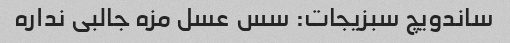
ساندویچ سبزیجات: سس عسل مزه جالبی نداره